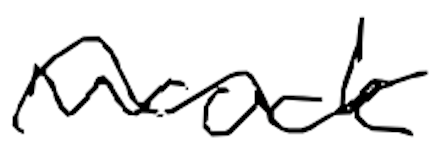
Text: work
Cross-out: wave
Writing tool: digital_black